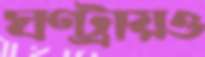
ঘণ্টায়ও